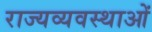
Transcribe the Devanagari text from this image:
राज्यव्यवस्थाओं